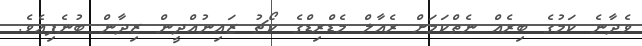
ވެދާނެ ކަމުގެ ބިރެއް ނެތްކަމަށް ރެއާލް މެޑްރިޑްގެ ކޯޗު ޒައިނުއްދީން ޒިދާން ބުނެފިއެވެ.